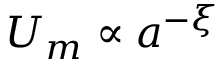
U _ { m } \propto a ^ { - \xi }